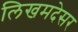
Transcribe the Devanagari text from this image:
लिखमदेसर